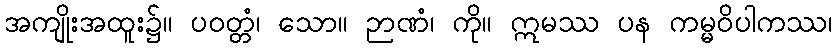
အကျိုးအထူး၌။ ပဝတ္တံ၊ သော။ ဉာဏံ၊ ကို။ ဣမဿ ပန ကမ္မဝိပါကဿ၊